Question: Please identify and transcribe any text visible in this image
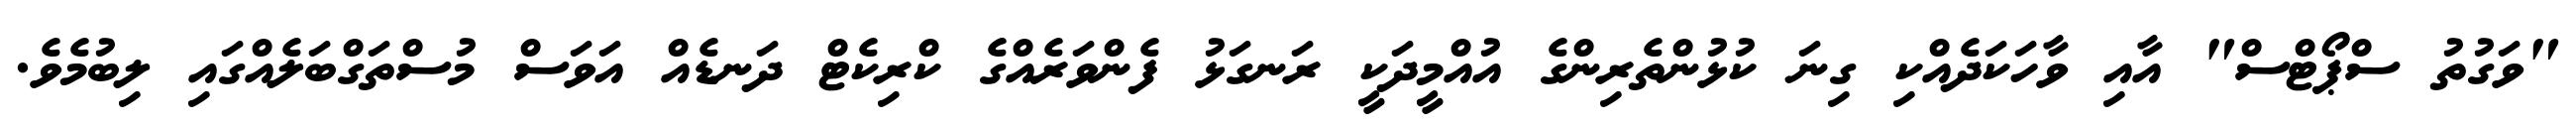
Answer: "ވަގުތު ސްޕޯޓްސް" އާއި ވާހަކަދެއްކި ގިނަ ކުޅުންތެރިންގެ އުއްމީދަކީ ރަނގަޅު ފެންވަރެއްގެ ކްރިކެޓް ދަނޑެއް އަވަސް މުސްތަގްބަލެއްގައި ލިބުމެވެ.